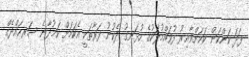
ފަދަ ކަންކަން ކަމަށްވާއިރު ފުވައްމުލަކުގެ ހުޅަނގު ދެކުނު ފަރާތަކީ އެކަމަށް ކަމުދާނެ ސަރހައްދެއް